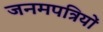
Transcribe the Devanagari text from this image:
जनमपत्रियों